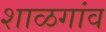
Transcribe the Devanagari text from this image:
शाळगांव